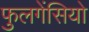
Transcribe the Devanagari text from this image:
फुलगेंसियो